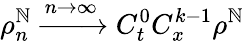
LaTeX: \rho_{n}^{\mathbb{N}}\xrightarrow{{n\rightarrow\infty}}{{C_{t}^{0}C_{x}^{k-1}}}\rho^{\mathbb{N}}